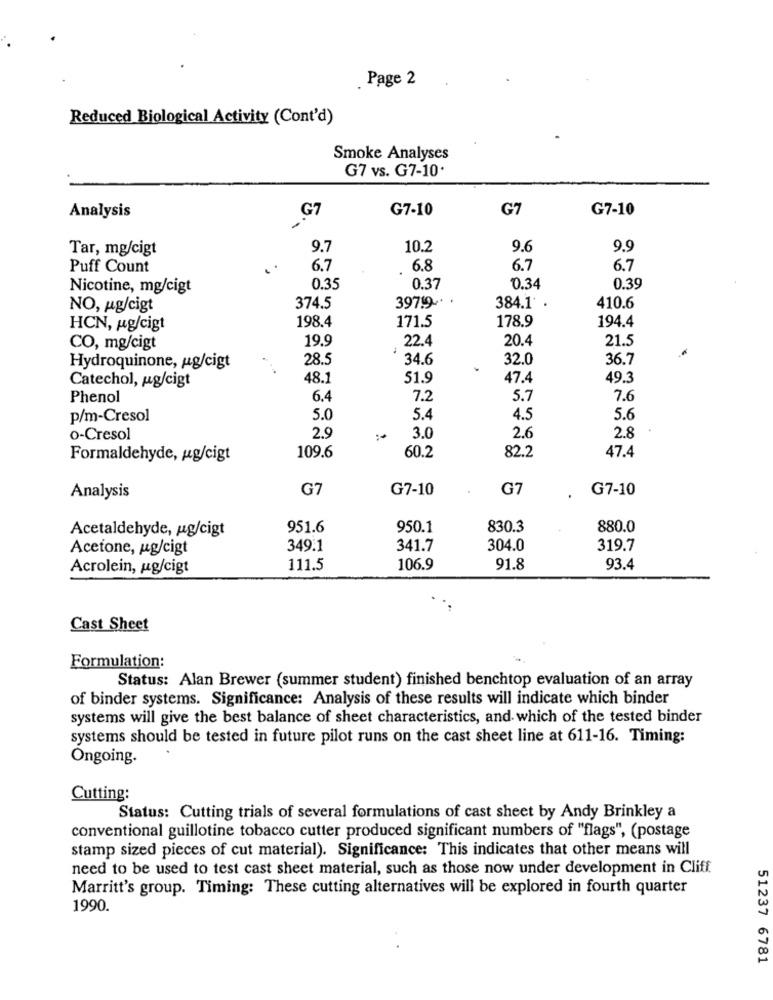
Page 2
Reduced Biological Activity (Cont'd)
Smoke Analyses
G7 vs. G7-10.
Analysis
GT
G7-10
G7
G7-10
Tar, mg/cigt
9.7
10.2
9.6
9.9
Puff Count
6.7
6.8
6.7
6.7
Nicotine, mg/cigt
0.35
0.37
0.34
0.39
39719 -* *
NO, ug/cigt
374.5
384.1 .
410.6
198.4
178.9
194.4
HCN, ug/cigt
171.5
19.9
22.4
20.4
21.5
CO, mg/cigt
28.5
34.6
32.0
36.7
Hydroquinone, ug/cigt
Catechol, ug/cigt
48.1
51.9
47.4
49.3
Phenol
6.4
7.2
5.7
7.6
p/m-Cresol
5.0
5.4
4.5
5.6
o-Cresol
2.9
3.0
2.6
2.8
82.2
47.4
Formaldehyde, ug/cigt
109.6
60.2
G7
G7-10
G7
G7-10
Analysis
Acetaldehyde, ug/cigt
951.6
950.1
830.3
880.0
Acetone, ug/cigt
349.1
341.7
304.0
319.7
Acrolein, ug/cigt
111.5
106.9
91.8
93.4
Cast Sheet
Formulation:
Status: Alan Brewer (summer student) finished benchtop evaluation of an array
of binder systems. Significance: Analysis of these results will indicate which binder
systems will give the best balance of sheet characteristics, and which of the tested binder
systems should be tested in future pilot runs on the cast sheet line at 611-16. Timing:
Ongoing.
Cutting:
Status: Cutting trials of several formulations of cast sheet by Andy Brinkley a
conventional guillotine tobacco cutter produced significant numbers of "flags", (postage
stamp sized pieces of cut material). Significance: This indicates that other means will
need to be used to test cast sheet material, such as those now under development in Cliff
Marritt's group. Timing: These cutting alternatives will be explored in fourth quarter
1990.
51237 6781